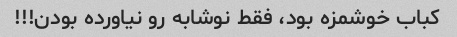
کباب خوشمزه بود، فقط نوشابه رو نیاورده بودن!!!